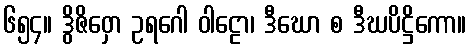
၆၅၄။ ဒွိဇိဝှော ဥရဂေါ ဝါဠော၊ ဒီဃော စ ဒီဃပိဋ္ဌိကော။